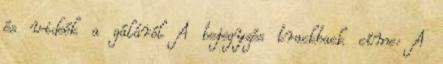
és videók a gáláról A bejegyzés trackback címe: A